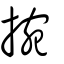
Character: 捥